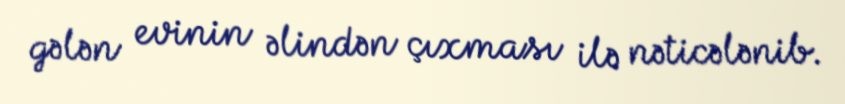
gələn evinin əlindən çıxması ilə nəticələnib.